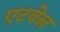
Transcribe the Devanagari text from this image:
एटवेल